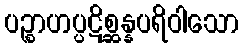
ပဉ္စာဟပ္ပဋိစ္ဆန္နပရိဝါသော